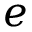
e